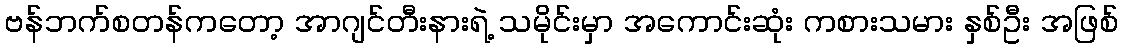
ဗန်ဘက်စတန်ကတော့ အာဂျင်တီးနားရဲ့ သမိုင်းမှာ အကောင်းဆုံး ကစားသမား နှစ်ဦး အဖြစ်